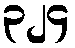
၃၂၄